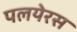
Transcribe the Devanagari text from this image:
पलयेरस